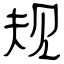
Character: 规